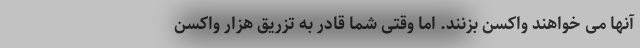
آنها می خواهند واکسن بزنند. اما وقتی شما قادر به تزریق هزار واکسن